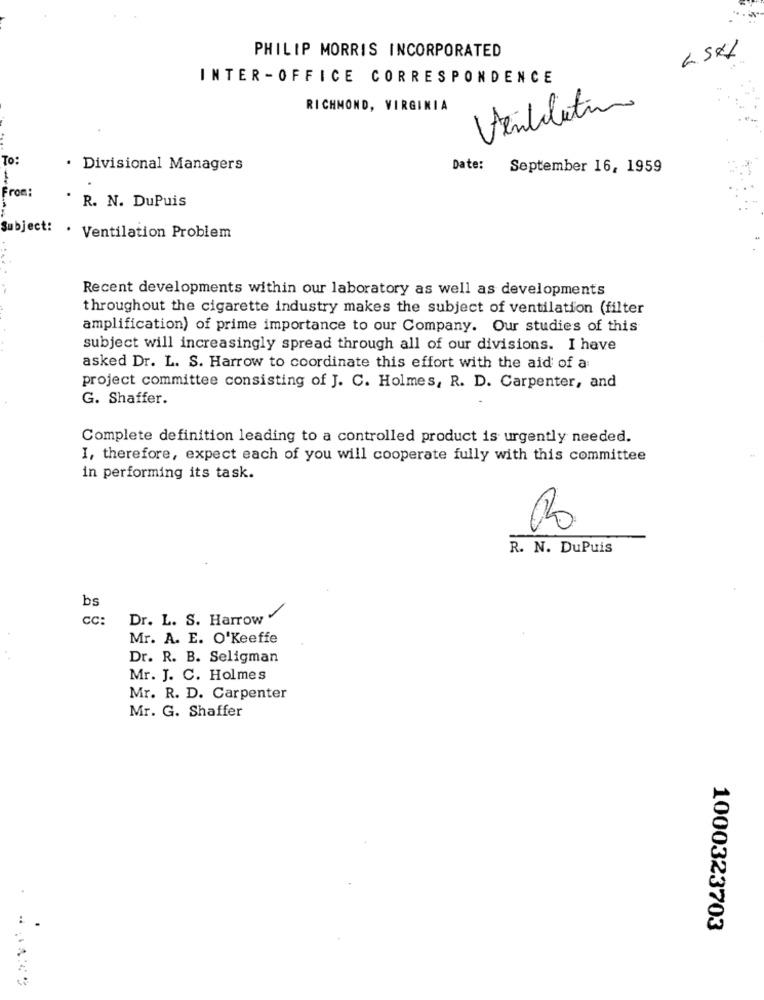
PHILIP MORRIS INCORPORATED
INTER-OFFICE CORRESPONDENCE
RICHMOND, VIRGINIA
Ventilation
To:
· Divisional Managers
Date:
September 16, 1959
From:
R. N. DuPuis
Subject: . Ventilation Problem
Recent developments within our laboratory as well as developments
throughout the cigarette industry makes the subject of ventilation (filter
amplification) of prime importance to our Company. Our studies of this
subject will increasingly spread through all of our divisions. I have
asked Dr. L. S. Harrow to coordinate this effort with the aid of a:
project committee consisting of J. C. Holmes, R. D. Carpenter, and
G. Shaffer.
Complete definition leading to a controlled product is urgently needed.
I, therefore, expect each of you will cooperate fully with this committee
in performing its task.
R. N. DuPuis
bs
cc:
Dr. L. S. Harrow "
Mr. A. E. O'Keeffe
Dr. R. B. Seligman
Mr. J. C. Holmes
Mr. R. D. Carpenter
Mr. G. Shaffer
1000323703